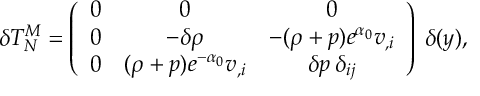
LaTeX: \delta T _ { N } ^ { M } = \left( \begin{array} { c c c } { { 0 } } & { { 0 } } & { { 0 } } \\ { { 0 } } & { { - \delta \rho } } & { { - ( \rho + p ) e ^ { \alpha _ { 0 } } v _ { , i } } } \\ { { 0 } } & { { ( \rho + p ) e ^ { - \alpha _ { 0 } } v _ { , i } } } & { { \delta p \: \delta _ { i j } } } \end{array} \right) \: \delta ( y ) ,